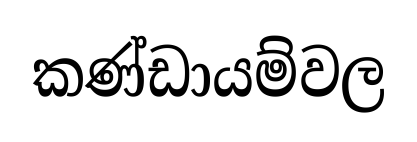
කණ්ඩායම්වල